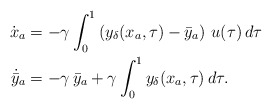
\begin{align*}\dot{{x}}_a &=-\gamma \int_{0}^{1} \left ( y_\delta({x_a},\tau)-\bar{y}_a \right ) \, u(\tau)\,d\tau\\\dot{\bar{y}}_a & = -\gamma\,\bar{y}_a + \gamma\int_{0}^{1}y_\delta ({x}_a,\tau)\,d\tau.\end{align*}